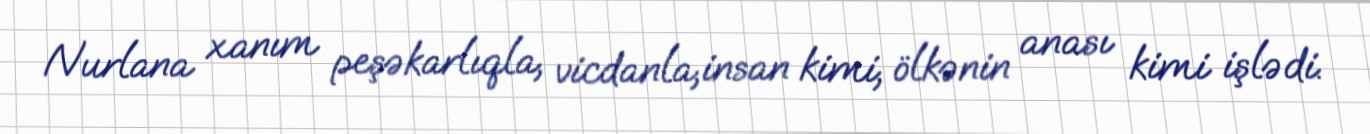
Nurlana xanım peşəkarlıqla, vicdanla,insan kimi, ölkənin anası kimi işlədi.